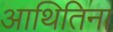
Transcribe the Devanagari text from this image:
आथितिना